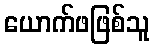
ယောက်ဖဖြစ်သူ